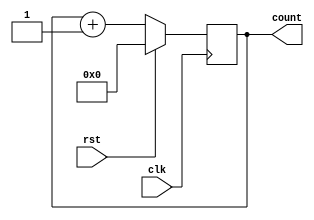
module upcounter(clk,rst,count);
input clk,rst;
output[3:0]count;
reg[3:0]count;
always@(posedge clk)
begin
if(rst)
count<=4'b0;
else 
count<=count+1;
end
endmodule